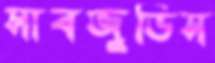
সাবজুডিস